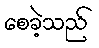
စေခဲ့သည်